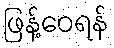
ဖြန့်ဝေရန်